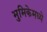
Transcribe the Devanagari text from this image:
भुमिकेमध्ये